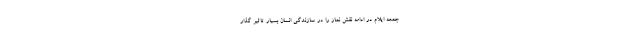
جمعه ایلام در ادامه نقش نماز را در سازندگی انسان بسیار تاثیر گذار